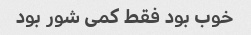
خوب بود فقط کمی شور بود